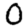
Digit: 0